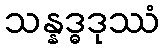
သန္နဒ္ဓဒုဿံ